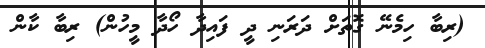
(ރިބާ ހިމެނޭ ގޮތަށް ދަރަނި ދީ ފައިދާ ހޯދާ މީހުން) ރިބާ ކާން